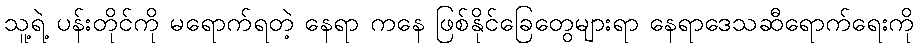
သူ့ရဲ့ ပန်းတိုင်ကို မရောက်ရတဲ့ နေရာ ကနေ ဖြစ်နိုင်ခြေတွေများရာ နေရာဒေသဆီရောက်ရေးကို